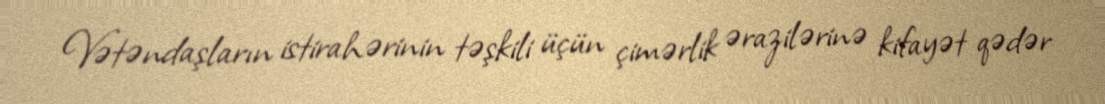
Vətəndaşların istirahərinin təşkili üçün çimərlik ərazilərinə kifayət qədər